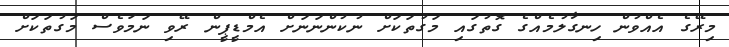
މިރޭގެ އެއްވުން ހިނގާލުމެއްގެ ގޮތުގައި މަގުތަކަށް ނުކުންނަނަށް އެމްޑީޕީން ރޭވި ނަމަވެސް މަގުތަކަށް